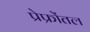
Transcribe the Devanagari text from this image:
प्रेफ्रोंतल